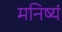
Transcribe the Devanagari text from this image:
मनिष्यं